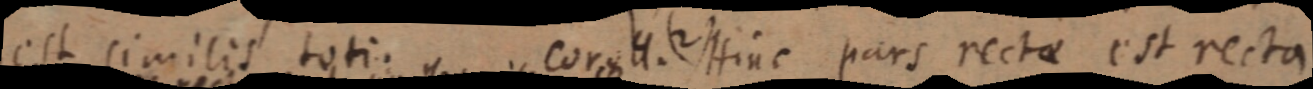
est similis toti. coro H. (2) Hinc pars rectae est recta